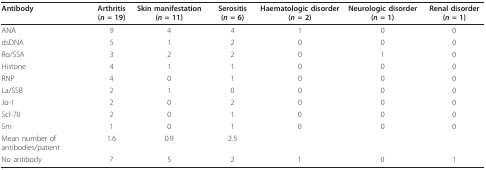
| Antibody | Arthritis (n = 19) | Skin manifestation (n = 11) | Serositis (n = 6) | Haematologic disorder (n = 2) | Neurologic disorder (n = 1) | Renal disorder (n = 1) |
 | --- | --- | --- | --- | --- | --- | --- |
 | ANA | 9 | 4 | 4 | 1 | 0 | 0 |
 | dsDNA | 5 | 1 | 2 | 0 | 0 | 0 |
 | Ro/SSA | 3 | 2 | 2 | 0 | 1 | 0 |
 | Histone | 4 | 1 | 1 | 0 | 0 | 0 |
 | RNP | 4 | 0 | 1 | 0 | 0 | 0 |
 | La/SSB | 2 | 1 | 0 | 0 | 0 | 0 |
 | Jo-1 | 2 | 0 | 2 | 0 | 0 | 0 |
 | Scl-70 | 2 | 0 | 1 | 0 | 0 | 0 |
 | Sm | 1 | 0 | 1 | 0 | 0 | 0 |
 | Mean number of antibodies/patient | 1.6 | 0.9 | 2.5 |  |  |  |
 | No antibody | 7 | 5 | 2 | 1 | 0 | 1 |